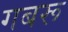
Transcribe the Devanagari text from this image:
गबरू